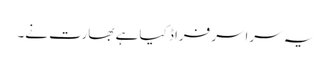
یہ سراسر فراڈ کیا ہے بھارت نے۔